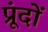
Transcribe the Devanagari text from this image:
प्रूंदों